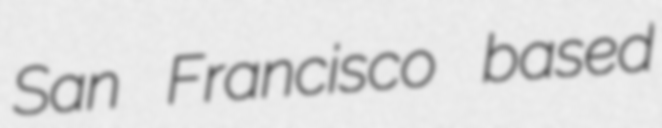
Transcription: San Francisco based